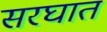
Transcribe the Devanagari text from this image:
सरघात